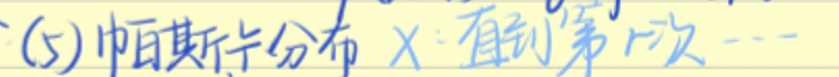
(3) 帕斯卡分布\(X\)：直到第\(r\)次---